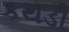
કથડી